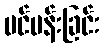
ပင်ပန်းခြင်း